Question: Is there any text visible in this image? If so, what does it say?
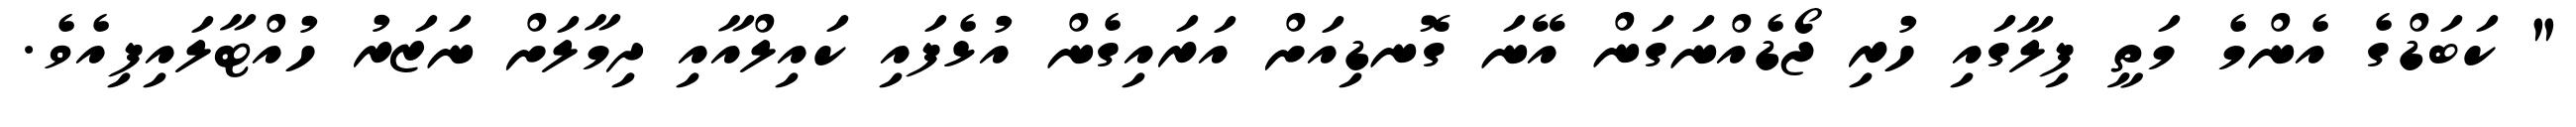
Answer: " ކަބަޑްގެ އެންމެ މަތީ ފިލާގައި ހުރި ޖޯޑެއްނަގަން އޭނަ ގޮނޑިއަށް އަރައިގެން އުޅެފައި ކައިލްއާއި ދިމާލަށް ނަޒަރު ހުއްޓާލައިފިއެވެ.